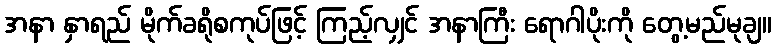
အနာ နှာရည် မိုက်ခရိုစကုပ်ဖြင့် ကြည့်လျှင် အနာကြီး ရောဂါပိုးကို တွေ့မည်မုချ။